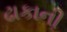
ઢાકાની